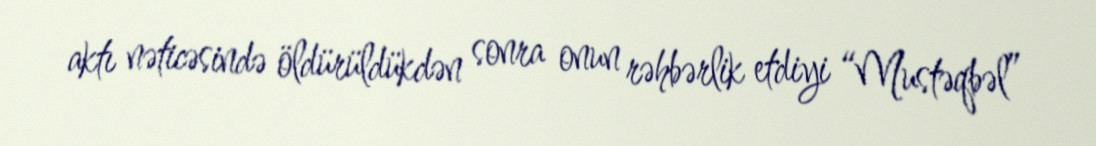
aktı nəticəsində öldürüldükdən sonra onun rəhbərlik etdiyi “Mustəqbəl”